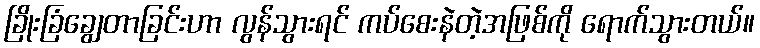
ခြိုးခြံချွေတာခြင်းဟာ လွန်သွားရင် ကပ်စေးနဲတဲ့အဖြစ်ကို ရောက်သွားတယ်။